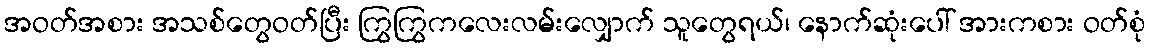
အဝတ်အစား အသစ်တွေဝတ်ပြီး ကြွကြွကလေးလမ်းလျှောက် သူတွေရယ်၊ နောက်ဆုံးပေါ် အားကစား ဝတ်စုံ